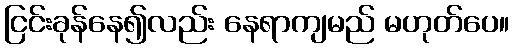
ငြင်းခုန်နေ၍လည်း နေရာကျမည် မဟုတ်ပေ။